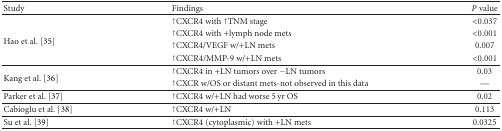
<table><thead><tr><td><b>Study</b></td><td><b>Findings</b></td><td><b><i>P</i> value</b></td></tr></thead><tbody><tr><td rowspan="4">Hao et al. [35]</td><td>↑CXCR4 with ↑TNM stage</td><td>&lt;0.037</td></tr><tr><td>↑CXCR4 with +lymph node mets</td><td>&lt;0.001</td></tr><tr><td>↑CXCR4/VEGF w/+LN mets</td><td> 0.007</td></tr><tr><td>↑CXCR4/MMP-9 w/+LN mets</td><td>&lt;0.001</td></tr><tr><td rowspan="2">Kang et al. [36]</td><td>↑CXCR4 in +LN tumors over −LN tumors</td><td>0.03</td></tr><tr><td>↑CXCR w/OS or distant mets-not observed in this data</td><td>—</td></tr><tr><td>Parker et al. [37]</td><td>↑CXCR4 w/+LN had worse 5 yr OS</td><td>0.02</td></tr><tr><td>Cabioglu et al. [38]</td><td>↑CXCR4 w/+LN</td><td>0.113 </td></tr><tr><td>Su et al. [39]</td><td>↑CXCR4 (cytoplasmic) with +LN mets</td><td>0.0325</td></tr></tbody></table>